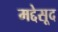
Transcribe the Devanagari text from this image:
मद्देसूद